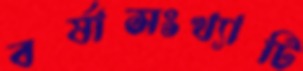
বর্ষাসংখ্যাটি